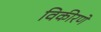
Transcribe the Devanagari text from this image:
विकीरणे